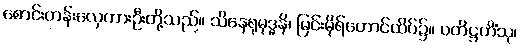
စောင်းတန်းလှေကားဦးတို့သည်။ သိနေရုမုဒ္ဓနိ၊ မြင်းမိုရ်တောင်ထိပ်၌။ ပတိဋ္ဌဟိံသု၊